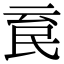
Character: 𣱉